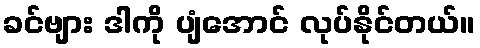
ခင်ဗျား ဒါကို ပျံအောင် လုပ်နိုင်တယ်။